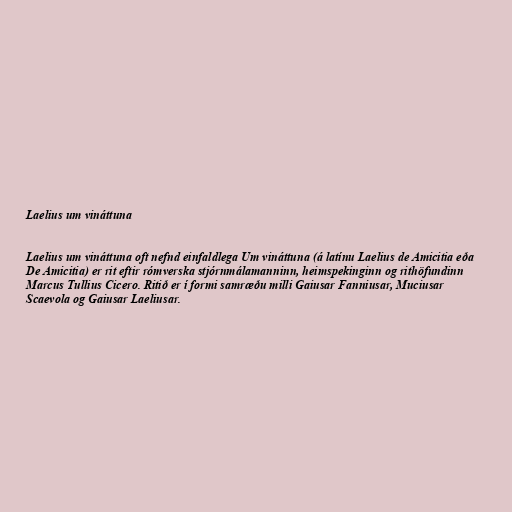
Laelius um vináttuna

Laelius um vináttuna oft nefnd einfaldlega Um vináttuna (á latínu Laelius de Amicitia eða
De Amicitia) er rit eftir rómverska stjórnmálamanninn, heimspekinginn og rithöfundinn
Marcus Tullius Cicero. Ritið er í formi samræðu milli Gaiusar Fanniusar, Muciusar
Scaevola og Gaiusar Laeliusar.